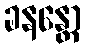
ခနန္တော